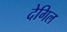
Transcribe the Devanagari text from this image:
देगिल